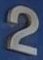
2